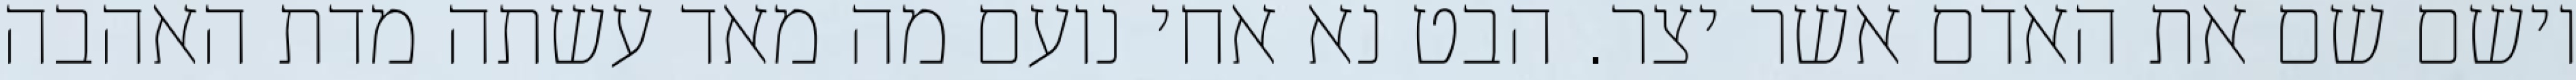
וישם שם את האדם אשר יצר. הבט נא אחי נועם מה מאד עשתה מדת האהבה